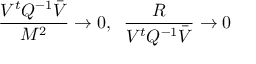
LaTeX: \frac { V ^ { t } { Q } ^ { - 1 } \bar { V } } { M ^ { 2 } } \to 0 , \; \; \frac { R } { V ^ { t } { Q } ^ { - 1 } \bar { V } } \to 0